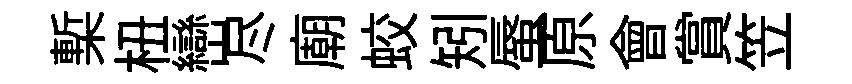
槧杻巒尽廟蛟矧蜃原會賞笠